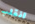
انقلب